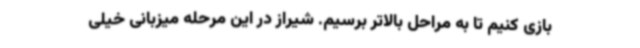
بازی کنیم تا به مراحل بالاتر برسیم. شیراز در این مرحله میزبانی خیلی